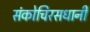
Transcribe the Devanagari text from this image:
संकोचिरसधानी